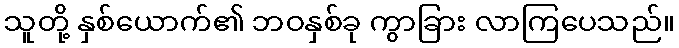
သူတို့ နှစ်ယောက်၏ ဘဝနှစ်ခု ကွာခြား လာကြပေသည်။